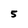
Character: 5